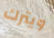
ويترك